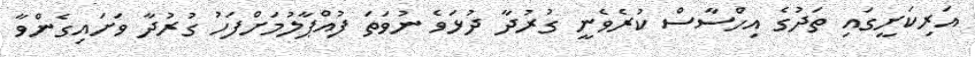
އަރިކަށީގައި ތަދުގެ އިހްސާސް ކުރެވެނީ ގުރުދާ ދުޅަވެ ނުވަތަ ފުއްޕާލުމަށްފަހު ގުރުދާ ވަށައިގެންވާ